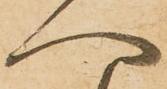
へ